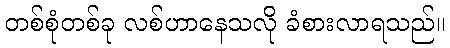
တစ်စုံတစ်ခု လစ်ဟာနေသလို ခံစားလာရသည်။